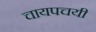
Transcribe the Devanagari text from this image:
चायपचयी